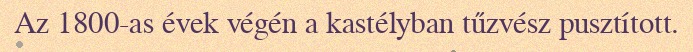
Az 1800-as évek végén a kastélyban tűzvész pusztított.